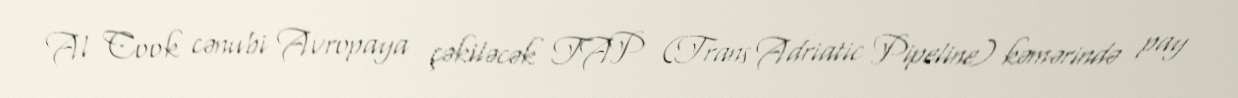
Al Cook cənubi Avropaya çəkiləcək TAP (Trans Adriatic Pipeline) kəmərində pay